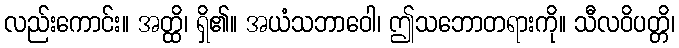
လည်းကောင်း။ အတ္ထိ၊ ရှိ၏။ အယံသဘာဝေါ၊ ဤသဘောတရားကို။ သီလဝိပတ္တိ၊